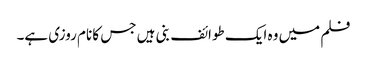
فلم میں وہ ایک طوائف بنی ہیں جس کا نام روزی ہے۔